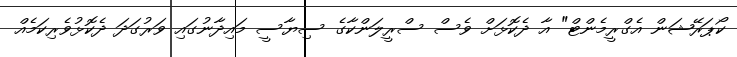
ކޯޕަރޭޝަން އެގްރީމެންޓް" އާ ދެކޮޅަށް ވެސް ސްރީލަންކާގެ ސިޔާސީ މައިދާނުގައި ވަރުގަދަ ދެކޮޅުވެރިކަމެއް